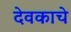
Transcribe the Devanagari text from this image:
देवकाचे